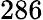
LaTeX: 286